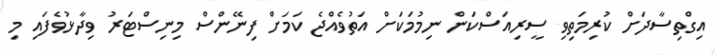
އިގްތިސާދަށް ކުރިމަތިވި ސީރިއަސްކަން ނިމުމަކަށް އަތުވެއްޖެ ކަމަށް ފިނޭންސް މިނިސްޓަރު ވިދާޅުވެފައި މި